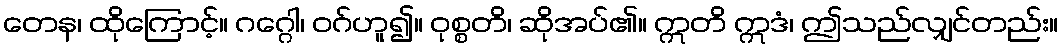
တေန၊ ထိုကြောင့်။ ဂဂ္ဂေါ၊ ဝဂ်ဟူ၍။ ဝုစ္စတိ၊ ဆိုအပ်၏။ ဣတိ ဣဒံ၊ ဤသည်လျှင်တည်း။